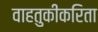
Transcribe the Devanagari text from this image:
वाहतुकीकरिता